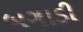
બગાડી